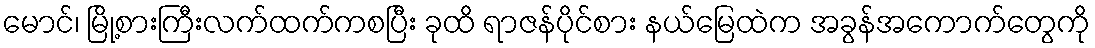
မောင်၊ မြို့စားကြီးလက်ထက်ကစပြီး ခုထိ ရာဇန်ပိုင်စား နယ်မြေထဲက အခွန်အကောက်တွေကို